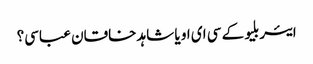
ایئر بلیو کے سی ای او یا شاہد خاقان عباسی؟